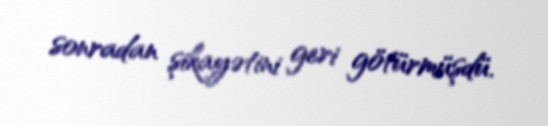
sonradan şikayətini geri götürmüşdü.